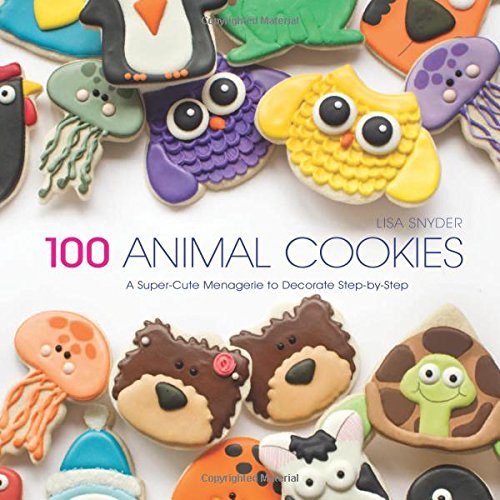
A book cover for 100 Animal Cookies: A Super Cute Menagerie to Decorate Step-by-Step; Lisa Snyder; Cookbooks, Food & Wine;